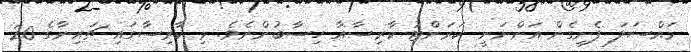
މައްސަލަ ފެށިގެން އަންނަނީ ކަރަންޓު ކާރިސާއާ ހިސާބުންނެވެ. މި ކާރިސާގައި ޗައިނާގެ 20